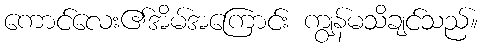
ကောင်လေး၏အိမ်အကြောင်း ကျွန်မသိချင်သည်။